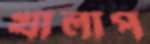
খালাপ